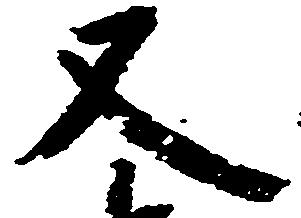
又